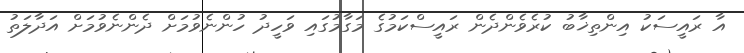
އާ ރައީސަކު އިންތިޚާބު ކުރެވެންދެން ރައީސްކަމުގެ މަގާމުގައި ވަހީދު ހުންނެވުމަށް ދެންނެވުމަށް އަދާލަތު